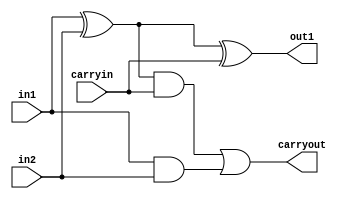
module sumatorelem(input in1, input in2, input carryin, output out1, output carryout);
	assign out1 = (in1 ^ in2) ^ carryin;
	assign carryout = ((in1 ^ in2) && carryin) || (in1 && in2);
endmodule